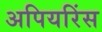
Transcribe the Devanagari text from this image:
अपियरिंस